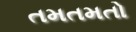
તમતમતો